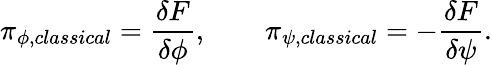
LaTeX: \pi_{\phi,classical}={\frac{\delta F}{\delta\phi}},\qquad\pi_{\psi,classical}=-{\frac{\delta F}{\delta\psi}}.